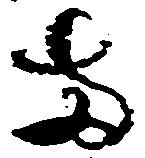
両